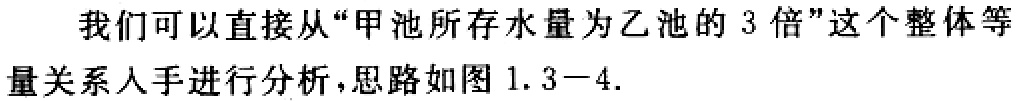
我们可以直接从“甲池所存水量为乙池的 3 倍”这个整体等量关系入手进行分析，思路如图 1.3−4.